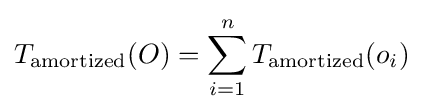
T_{\mathrm {amortized} }(O)=\sum _{i=1}^{n}T_{\mathrm {amortized} }(o_{i})